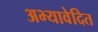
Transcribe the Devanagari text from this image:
अभ्यावेदित